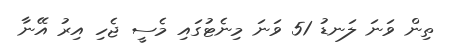
ތިން ވަނަ ލަނޑު 51 ވަނަ މިނެޓުގައި މެސީ ޖެހި އިރު އޭނާ